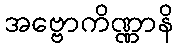
အဗ္ဗောကိဏ္ဏာနိ